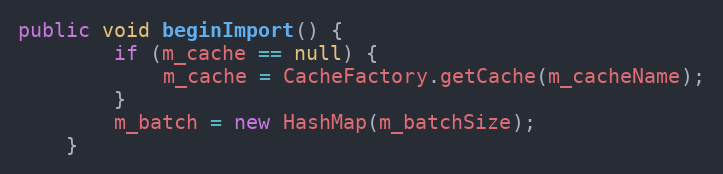
Language: Java
public void beginImport() {
        if (m_cache == null) {
            m_cache = CacheFactory.getCache(m_cacheName);
        }
        m_batch = new HashMap(m_batchSize);
    }